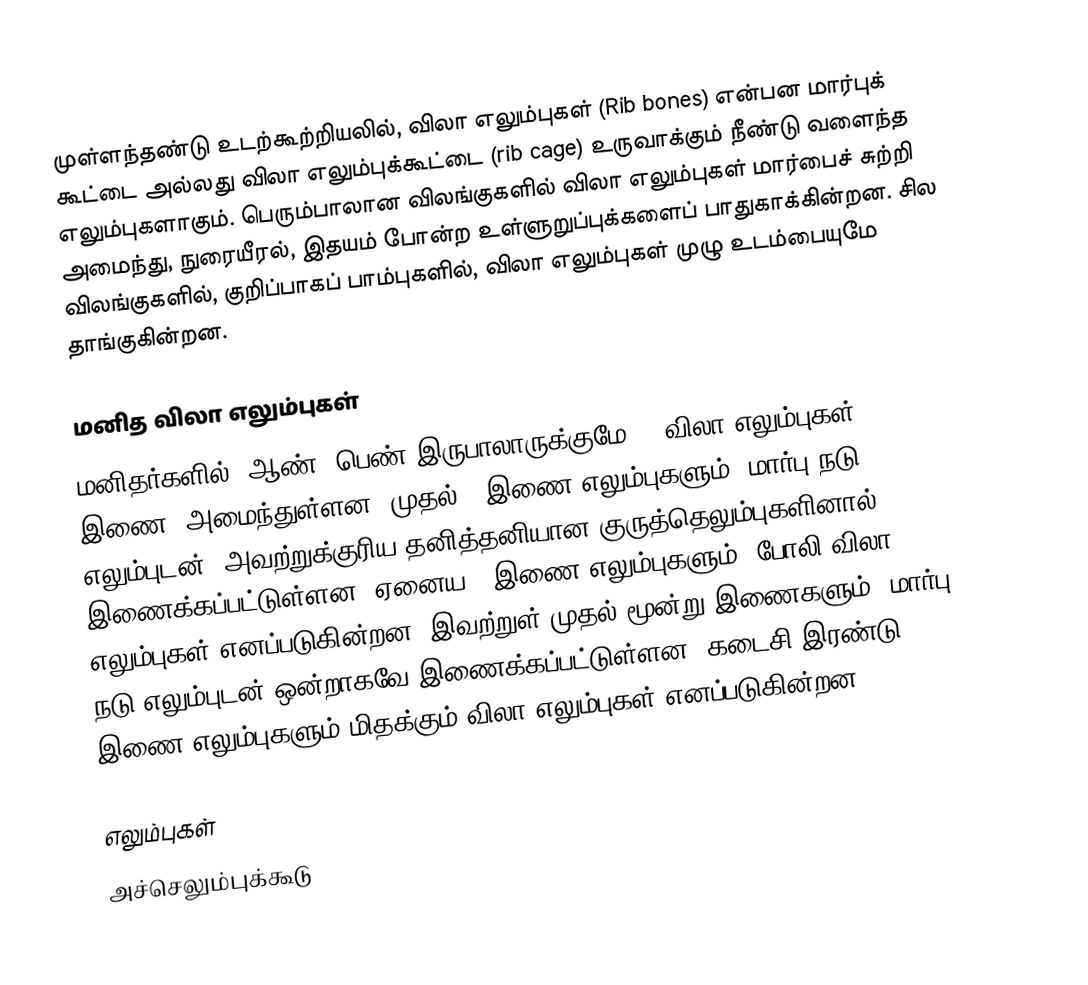
முள்ளந்தண்டு உடற்கூற்றியலில், விலா எலும்புகள் (Rib bones) என்பன மார்புக் கூட்டை அல்லது விலா எலும்புக்கூட்டை (rib cage) உருவாக்கும் நீண்டு வளைந்த எலும்புகளாகும். பெரும்பாலான விலங்குகளில் விலா எலும்புகள் மார்பைச் சுற்றி அமைந்து, நுரையீரல், இதயம் போன்ற உள்ளுறுப்புக்களைப் பாதுகாக்கின்றன. சில விலங்குகளில், குறிப்பாகப் பாம்புகளில், விலா எலும்புகள் முழு உடம்பையுமே தாங்குகின்றன.

மனித விலா எலும்புகள்
மனிதர்களில், ஆண், பெண் இருபாலாருக்குமே 24 விலா எலும்புகள் (12 இணை) அமைந்துள்ளன. முதல் 7 இணை எலும்புகளும், மார்பு நடு எலும்புடன், அவற்றுக்குரிய தனித்தனியான குருத்தெலும்புகளினால் இணைக்கப்பட்டுள்ளன. ஏனைய 5 இணை எலும்புகளும், போலி விலா எலும்புகள் எனப்படுகின்றன. இவற்றுள் முதல் மூன்று இணைகளும், மார்பு நடு எலும்புடன் ஒன்றாகவே இணைக்கப்பட்டுள்ளன. கடைசி இரண்டு இணை எலும்புகளும் மிதக்கும் விலா எலும்புகள் எனப்படுகின்றன.

எலும்புகள்
அச்செலும்புக்கூடு